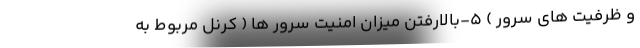
و ظرفیت های سرور ) 5-بالارفتن میزان امنیت سرور ها ( کرنل مربوط به